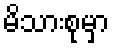
မိသားစုမှာ